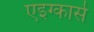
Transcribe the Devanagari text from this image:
एइग्कार्स